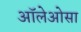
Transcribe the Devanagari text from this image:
ऑलेओसा